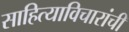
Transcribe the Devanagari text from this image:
साहित्याविचारांची